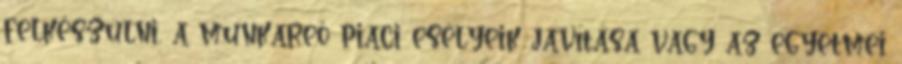
felkészülni, a munkareő piaci esélyeik javítása vagy az egyetmei